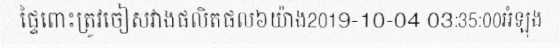
ផ្ទៃពោះត្រូវចៀសវាងផលិតផល៦យ៉ាង2019-10-04 03:35:00អំឡុង